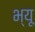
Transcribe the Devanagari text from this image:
भ्यू